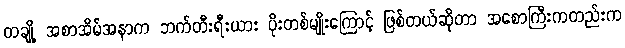
တချို့ အစာအိမ်အနာက ဘက်တီးရီးယား ပိုးတစ်မျိုးကြောင့် ဖြစ်တယ်ဆိုတာ အစောကြီးကတည်းက